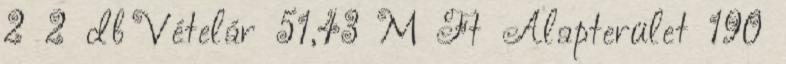
2 2 db Vételár 51,43 M Ft Alapterület 190